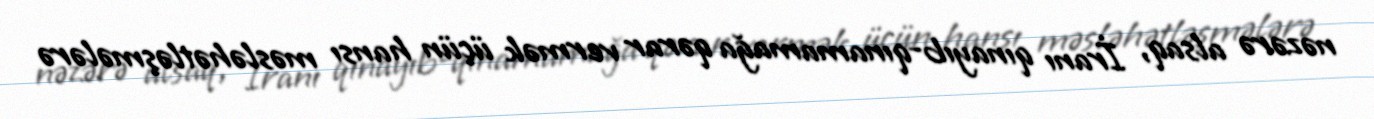
nəzərə alsaq, İranı qınayıb-qınamamağa qərar vermək üçün hansı məsləhətləşmələrə